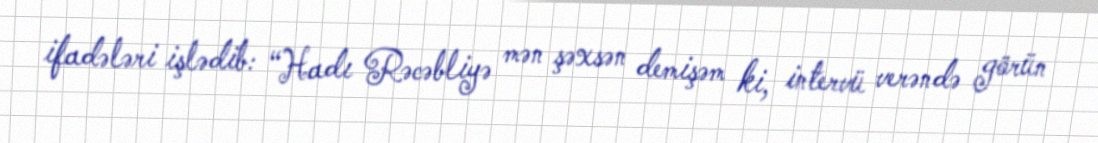
ifadələri işlədib: “Hadı Rəcəbliyə mən şəxsən demişəm ki, intervü verəndə görün